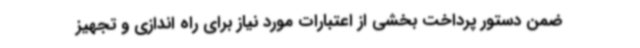
ضمن دستور پرداخت بخشی از اعتبارات مورد نیاز برای راه اندازی و تجهیز